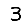
Digit: 3